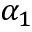
\alpha _ { 1 }